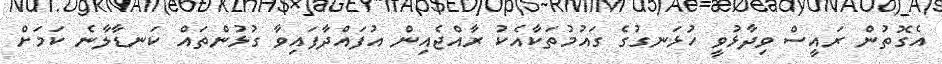
އެގޮތުން ރައީސް ވިދާޅުވީ ހުޅަނގުގެ ގައުމުތަކާއެކު ރާއްޖެއިން އުފައްދާފައިވާ ގުޅުންތައް ކަނޑާލާނެ ކަމަށް